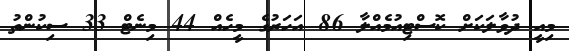
މިއީ ދުވާލަކަށް ކޮސްޓިއުމެއްލާ 86 އަހަރުގެ މީހެއް 44 މިނެޓް 33 ސިކުންތު